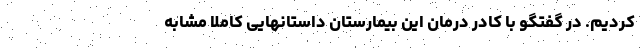
کردیم. در گفتگو با کادر درمان این بیمارستان داستانهایی کاملا مشابه